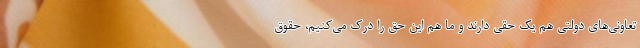
تعاونی‌های دولتی هم یک حقی دارند و ما هم این حق را درک می‌کنیم، حقوق